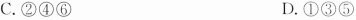
C.②④⑥ D.①③⑤